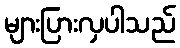
များပြားလှပါသည်